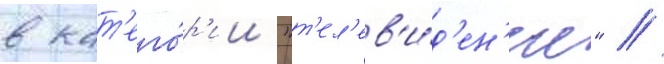
в кат'его́р'ии "т'ел'ев'и́д'ен'ие" /